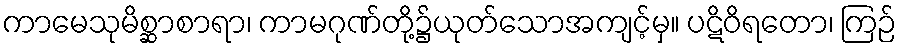
ကာမေသုမိစ္ဆာစာရာ၊ ကာမဂုဏ်တို့၌ယုတ်သောအကျင့်မှ။ ပဋိဝိရတော၊ ကြဉ်